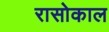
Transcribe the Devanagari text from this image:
रासोकाल